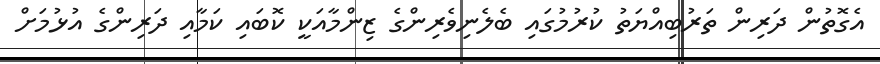
އެގޮތުން ދަރިން ތަރުބިއްޔަތު ކުރުމުގައި ބެލެނިވެރިންގެ ޒިންމާއަކީ ކޮބައި ކަމާއި ދަރިންގެ އުޅުމަށް